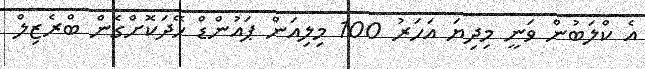
އެ ކްލަބުން ވަނީ މިދިޔަ އަހަރު 100 މިލިއަން ޕައުންޑް ހޭދަކޮށްގެން ބްރެޒިލް